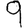
Digit: 9